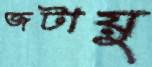
জটায়ু